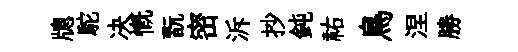
牕駝决慨翫密泝抄鈍祐鳥涅勝